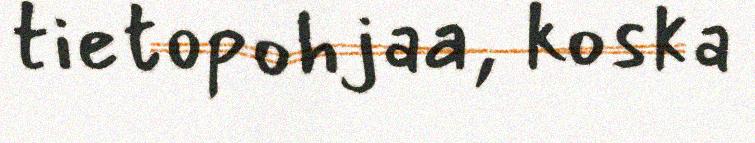
tietopohjaa, koska